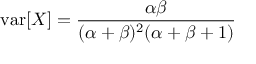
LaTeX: \operatorname { v a r } [ X ] = { \frac { \alpha \beta } { ( \alpha + \beta ) ^ { 2 } ( \alpha + \beta + 1 ) } }